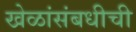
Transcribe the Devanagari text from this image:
खेळांसंबधीची